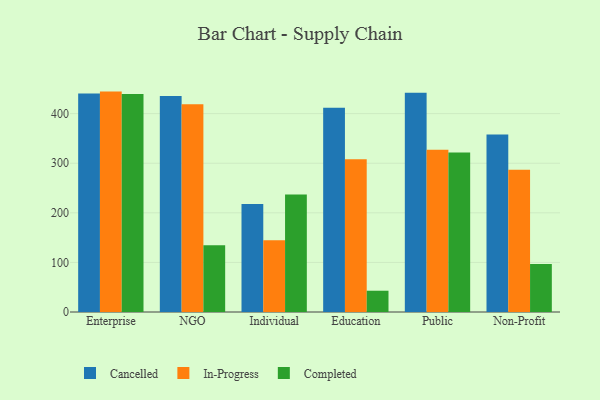
{"axis": {"x": "Segment", "y": "Gross Profit (USD K)"}, "legend": ["Cancelled", "Completed", "In-Progress"], "data": [{"x": "Enterprise", "y": 440.8, "type": "Cancelled"}, {"x": "Enterprise", "y": 444.4, "type": "In-Progress"}, {"x": "Enterprise", "y": 439.6, "type": "Completed"}, {"x": "NGO", "y": 435.7, "type": "Cancelled"}, {"x": "NGO", "y": 418.8, "type": "In-Progress"}, {"x": "NGO", "y": 134.5, "type": "Completed"}, {"x": "Individual", "y": 218.0, "type": "Cancelled"}, {"x": "Individual", "y": 144.5, "type": "In-Progress"}, {"x": "Individual", "y": 237.1, "type": "Completed"}, {"x": "Education", "y": 411.9, "type": "Cancelled"}, {"x": "Education", "y": 308.2, "type": "In-Progress"}, {"x": "Education", "y": 42.9, "type": "Completed"}, {"x": "Public", "y": 441.9, "type": "Cancelled"}, {"x": "Public", "y": 326.9, "type": "In-Progress"}, {"x": "Public", "y": 321.6, "type": "Completed"}, {"x": "Non-Profit", "y": 357.9, "type": "Cancelled"}, {"x": "Non-Profit", "y": 286.6, "type": "In-Progress"}, {"x": "Non-Profit", "y": 96.9, "type": "Completed"}]}